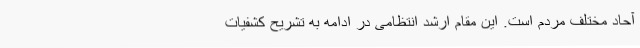
آحاد مختلف مردم است. این مقام ارشد انتظامی در ادامه به تشریح کشفیات